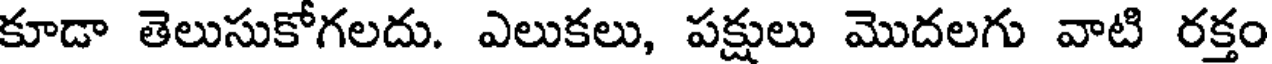
కూడా తెలుసుకోగలదు. ఎలుకలు, పక్షులు మొదలగు వాటి రక్తం